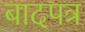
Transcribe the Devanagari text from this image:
बादपत्र